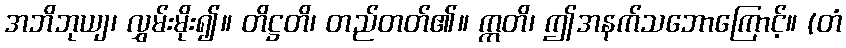
အဘိဘုယျ၊ လွှမ်းမိုး၍။ တိဋ္ဌတိ၊ တည်တတ်၏။ ဣတိ၊ ဤအနက်သဘောကြောင့်။ (တံ